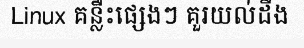
Linux គន្លឺះផ្សេងៗ គួរយល់ដឹង